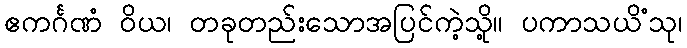
ဧကင်္ဂဏံ ဝိယ၊ တခုတည်းသောအပြင်ကဲ့သို့။ ပကာသယိံသု၊